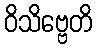
ဝိသိဗ္ဗေတိ